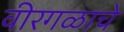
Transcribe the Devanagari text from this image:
वीरगळाचे